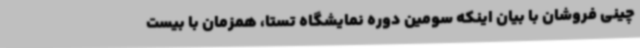
چینی فروشان با بیان اینکه سومین دوره نمایشگاه تستا، همزمان با بیست